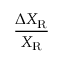
\frac { \Delta X _ { \mathrm R } } { X _ { \mathrm R } }